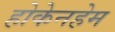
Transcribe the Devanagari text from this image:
होकेनहेम